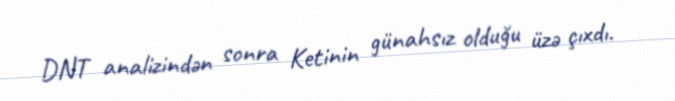
DNT analizindən sonra Ketinin günahsız olduğu üzə çıxdı.